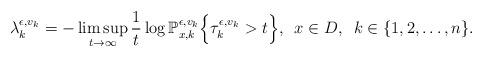
LaTeX: \begin{align*}\lambda_{k}^{\epsilon, v_k} = -\limsup_{t \rightarrow \infty} \frac{1}{t} \log \mathbb{P}_{x, k}^{\epsilon, v_k} \Bigl \{\tau_{k}^{\epsilon, v_k} > t \Bigr\}, \,\,\, x \in D, \,\,\, k \in \{1,2, \ldots, n\}.\end{align*}